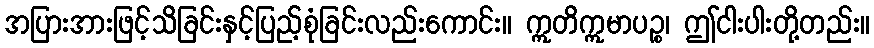
အပြားအားဖြင့်သိခြင်းနှင့်ပြည့်စုံခြင်းလည်းကောင်း။ ဣတိဣမာပဉ္စ၊ ဤငါးပါးတို့တည်း။